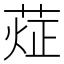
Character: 𰱨